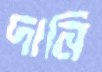
দানি